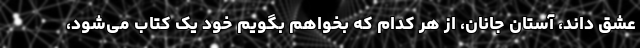
عشق داند، آستان جانان، از هر کدام که بخواهم بگویم خود یک کتاب می‌شود،